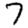
Digit: 7